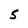
Character: 5